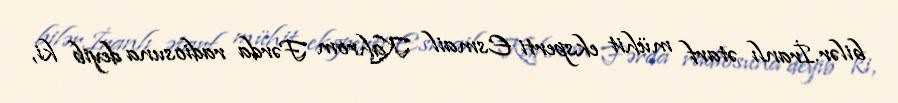
bilər.İranlı ətarf mühit eksperti Esmail Kahrom Fərda radiosuna deyib ki,